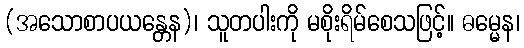
(အသောစာပယန္တေန)၊ သူတပါးကို မစိုးရိမ်စေသဖြင့်။ ဓမ္မေန၊